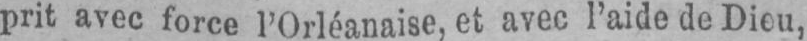
prit avec force l’Orléanaisc, et avec l’aide de Dieu,